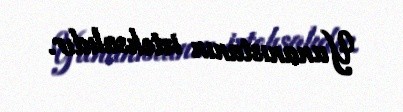
Yunanıstanın istehsalıdır.